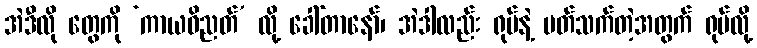
အဲဒီလို တွေကို ‘ကာယဝိညတ်’ လို့ ခေါ်တာနော်၊ အဲဒါလည်း ရုပ်နဲ့ ပတ်သက်တဲ့အတွက် ရုပ်လို့